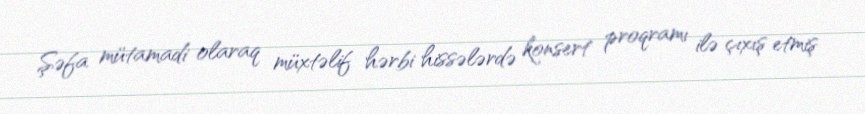
Şəfa mütamadi olaraq müxtəlif hərbi hissələrdə konsert proqramı ilə çıxış etmiş